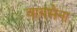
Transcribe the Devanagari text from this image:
वायसेना